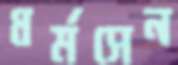
ধর্মসেন